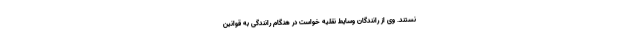
نستند. وی از رانندگان وسایط نقلیه خواست در هنگام رانندگی به قوانین